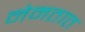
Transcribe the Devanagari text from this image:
नेमतात